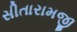
સીતારામજી